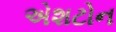
એશટોન